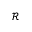
\mathcal { R }